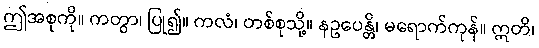
ဤအစုကို။ ကတွာ၊ ပြု၍။ ကလံ၊ တစ်စုသို့။ နဥပေန္တိ၊ မရောက်ကုန်။ ဣတိ၊